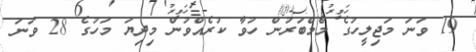
19 ވަނަ މަޖިލީހުގެ މެމްބަރުން ހުވާ ކުރެއްވުން މިދިޔަ މަހުގެ 28 ވަނަ